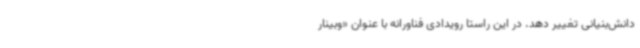
دانش‌بنیانی تغییر دهد. در این راستا رویدادی فناورانه با عنوان «وبینار